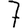
Digit: 7